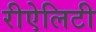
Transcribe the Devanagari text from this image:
रीऐलिटी